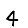
Digit: 4